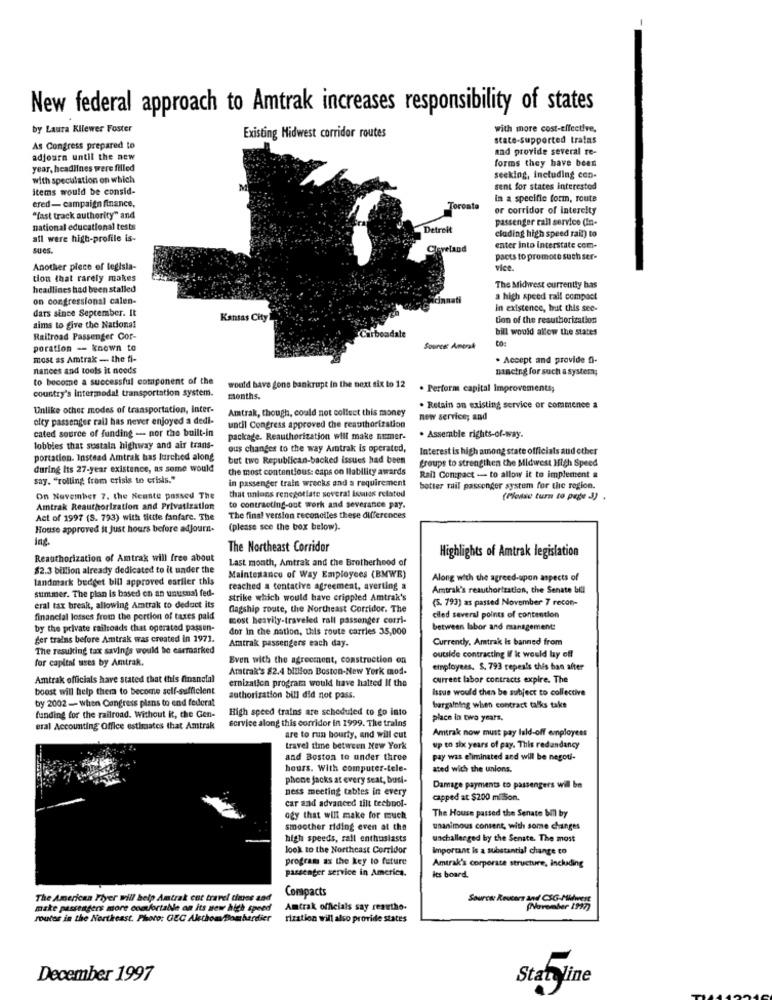
New federal approach to Amtrak increases responsibility of states
by Laura Kllewer Foster
with more cost-effective,
Existing Midwest corridor routes
state-supported tratas
As Congress prepared to
and provide several re-
adjourn until the new
forms they have been
year, headlines were filled
with speculation on which
seeking, including con-
items would be consid-
sent for states interested
in a specific form, route
ered- campaign finance,
Toronto
or corridor of intercity
"fast track authority" and
passenger call service (In-
national educational tests
Detroit
cluding high speed rail) to
all were high-profile is-
sues.
Cleveland
enter into Interstate com-
pacts to promote such ser-
Another piece of legisla-
vise.
tion that rarely makes
headlines had been stalled
The Midwest currently has
on congressional calen-
naati
a high speed rail compact
dars since September. It
in existence, but this see-
Kansas City
tion of the resuthorization
aims to give the National
bill would allow the states
Railroad Passenger Cor-
Carbondale
poration - known to
Source Amerak
most as Amtrak - the fi-
. Accept and provide fi-
nances and tools it needs
nancing for such a system;
to become a successful component of the
would have gone bankrupt in the next six to 12
country's intermodal transportation system.
. Perform capital Improvements;
months.
Unlike other modes of transportation, Inter-
Amtrak, though, could not collect this money
. Retain an existing service or commence a
olty passenger rall has never enjoyed a dedi-
new service; and
cated source of funding - nor the built-in
until Congress approved che reauthorization
package. Reauthorization will make numer-
. Assemble rights-of-way.
lobbies that sustala highway and air trans-
ous changes to the way Amtrak is operated,
Interest is high among state officials aud other
portation. Instead Amtrak has lurched along
but two Republican-backed Issues had been
groups to strengthen the Midwest High Speed
during its 27-year existence, as some would
the most contentious: caps on liability awards
say. "rolling from crisis to erisis."
in passenger train wrecks and a requirement
Rail Compact - to allow it to implement a
that unions renegotiate several Issues related
better mail passenger system for the region.
On November 7. the Seaste passed The
(Please turn to page J) .
Amtrak Reauthorization and Privatization
to contracting-out work and severance pay.
Act of 1997 (S. 793) with fittle fanfare. The
The final version reconolles these differences
House approved it just hours before adjourn-
(please sce the box below).
The Northeast Corridor
Highlights of Amtrak legislation
Reauthorization of Amtrak will free about
Last month, Amtrak and the Brotherhood of
$2.3 billion already dedicated to it under the
landmark budget bill approved earlier this
Maintenance of Way Employees (BMWE)
Along with the agreed-spon aspects of
summer. The plan is based on an unusual fed-
reached a tentative agreement, averting a
Amtrak's reauthorization, the Senate bill
strike which would have crippled Amtrak's
(5. 793) as passed November 7 recon-
eral tax break, allowing Amtrak to deduct its
Gagship route, the Northeast Corridor. The
financial losses from the portion of taxes pald
most heavily-traveled rall passenger corri-
ciled several points of contention
by the private railroads that operated passen-
dor in the nation, this route carries 35,000
between labor and management:
ger trains before Amtrak was created in 1971.
Amtrak passengers each day.
Currently. Amtrak Is banned from
The resulting tax savings would be earmarked
for capital uses by Amtrak.
Even with the agreement, construction en
outside contracting if it would lay off
Amtrak's 82.4 billion Boston-New York mod-
employees. S. 793 repeals this ban after
Amtrak officials have stated that this financial
ernization program would have halted If the
Current labor contracts expire. The
boost will help them to become self-sufficient
Issue would then be subject to collective
by 2002- when Congress plans to end federal
authorization bill did not pass.
High speed trains are scheduled to go into
bargaining when contract talks take
funding for the railroad. Without it, the Gen-
service along this corridor in 1999. The trains
place in two years.
eral Accounting Office estimates that Amtrak
Amtrak now must pay lald-off employees
are to run bourty, and will cut
travel time between New York
up to six years of pay. This redandancy
and Boston to under throe
pay was eliminated and will be negoti-
hours. With computer-tele-
ated with the unions.
phone jacks at every seat, busi-
ness meeting tables in every
Damage payments to passengers will be
car and advanced tilt teebpol-
capped at $200 ml Son.
The House passed the Senate bill by
ogy that will make for much
smoother riding even at the
unanimous consent, with some changes
high speeds, rall enthusiasts
unchallenged by the Senate. The most
look to the Northeast Corridor
Important is a substantial change to
program as the key to future
passenger service in America.
Amtrak's corporate structure, including
its board.
Compacts
The American Flyer will help Amtrak cot travel times and
Source: Reuters and CSG-Midwest
make passengers more comfortable on its new high speed
Amtrak officials say reauthe.
(November 1997)
router in the Northeast. Photo: GEC Alsthom Bombardier
rization will also provide states
December 1997
Stat line